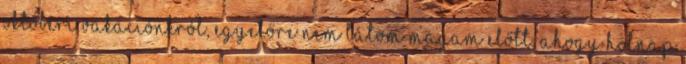
októberi vakációnkról, egyelőre nem látom magam előtt, ahogy holnap